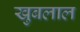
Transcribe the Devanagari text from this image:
खुबलाल